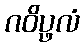
ဂဝိပ္ဖလံ